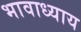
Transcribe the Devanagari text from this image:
भावाध्याय